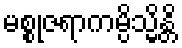
မစ္စုဇရာကမ္ပိသ္မိန္တိ